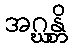
အဂ္ဃန္တိ